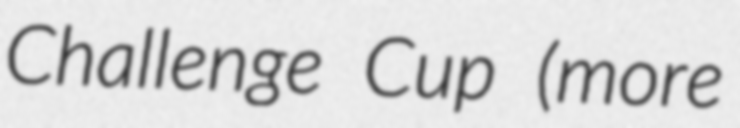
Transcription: Challenge Cup (more